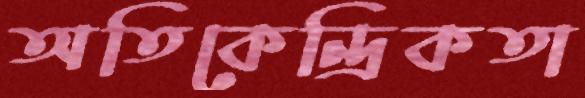
অতিকেন্দ্রিকতা